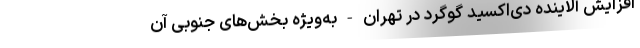
افزایش آلاینده دی‌اکسید گوگرد در تهران - به‌ویژه بخش‌های جنوبی آن